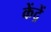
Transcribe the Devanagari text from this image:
केंद्रें